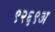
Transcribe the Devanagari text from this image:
९२६९अ